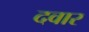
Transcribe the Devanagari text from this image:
दवार